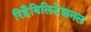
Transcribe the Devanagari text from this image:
रिहैबिलिटेशनल